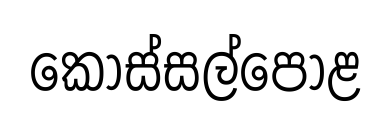
කොස්සල්පොළ